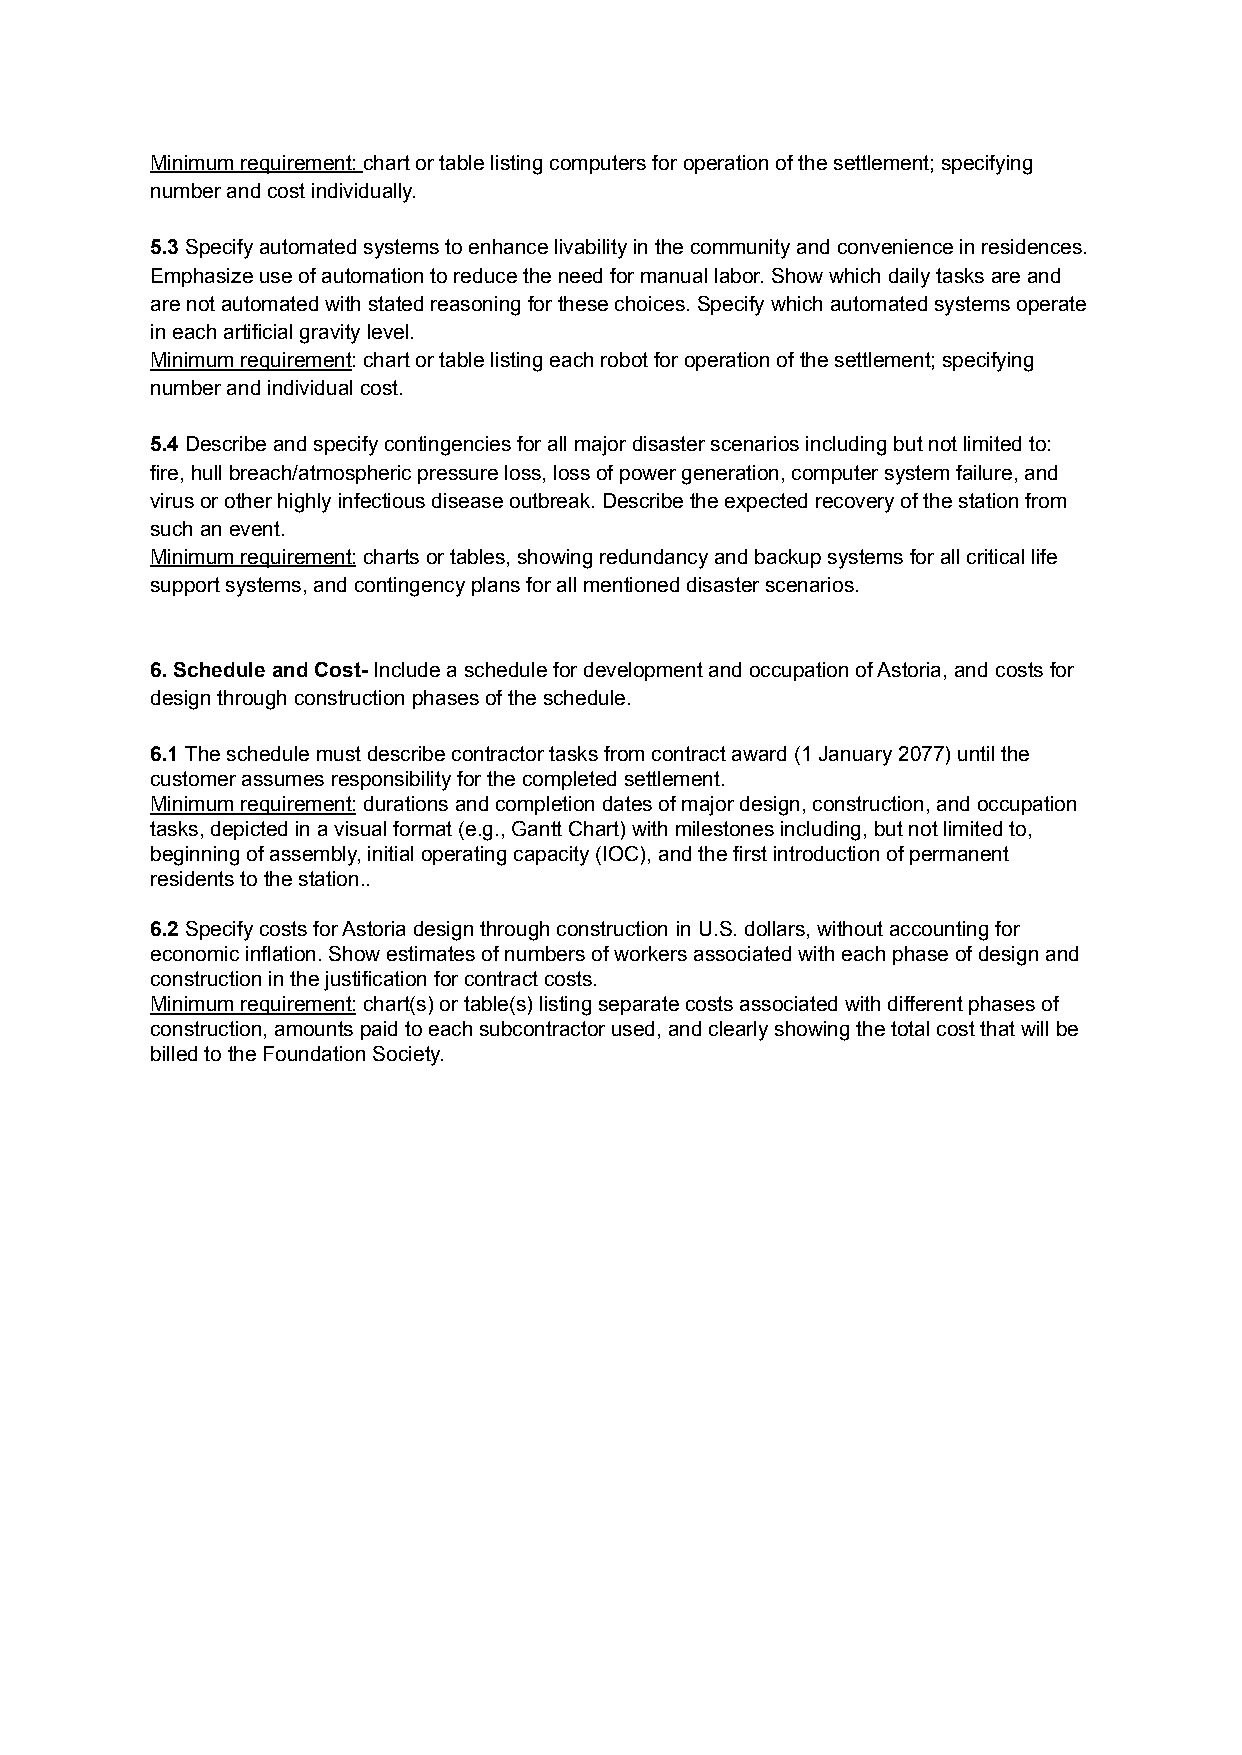
Minimum requirement:chart or table listing computers for operation of the settlement; specifying
 number and cost individually.
 5.3Specify automated systems to enhance livabilityin the community and convenience in residences.
 Emphasize use of automation to reduce the need for manual labor. Show which daily tasks are and
 are not automated with stated reasoning for these choices. Specify which automated systems operate
 in each artificial gravity level.
 Minimum requirement: chart or table listing each robotfor operation of the settlement; specifying
 number and individual cost.
 5.4Describe and specify contingencies for all majordisaster scenarios including but not limited to:
 fire, hull breach/atmospheric pressure loss, loss of power generation, computer system failure, and
 virus or other highly infectious disease outbreak. Describe the expected recovery of the station from
 such an event.
 Minimum requirement:charts or tables, showing redundancyand backup systems for all critical life
 support systems, and contingency plans for all mentioned disaster scenarios.
 6. Schedule and Cost-Include a schedule for developmentand occupation of Astoria, and costs for
 design through construction phases of the schedule.
 6.1The schedule must describe contractor tasks fromcontract award (1 January 2077) until the
 customer assumes responsibility for the completed settlement.
 Minimum requirement:durations and completion datesof major design, construction, and occupation
 tasks, depicted in a visual format (e.g., Gantt Chart) with milestones including, but not limited to,
 beginning of assembly, initial operating capacity (IOC), and the first introduction of permanent
 residents to the station..
 6.2Specify costs for Astoria design through construction in U.S. dollars, without accountingfor
 economic inflation. Show estimates of numbers of workers associated with each phase of design and
 construction in the justification for contract costs.
 Minimum requirement:chart(s) or table(s) listingseparate costs associated with different phases of
 construction, amounts paid to each subcontractor used, and clearly showing the total cost that will be
 billed to the Foundation Society.